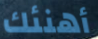
أهنئك